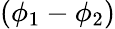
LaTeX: (\phi_{1}-\phi_{2})